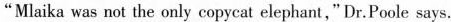
"Mlaika was not the only copycat elephant," Dr. Poole says.